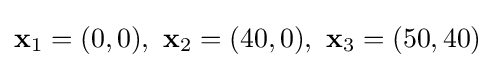
\mathbf {x} _{1}=(0,0),\ \mathbf {x} _{2}=(40,0),\ \mathbf {x} _{3}=(50,40)